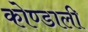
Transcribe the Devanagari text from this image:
कोण्डाली